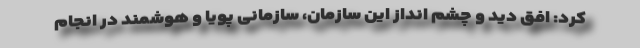
کرد: افق دید و چشم انداز این سازمان، سازمانی پویا و هوشمند در انجام